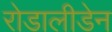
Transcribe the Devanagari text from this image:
रोडालीडेन